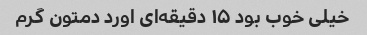
خیلی خوب بود ۱۵ دقیقه‌ای اورد دمتون گرم